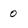
Character: 0